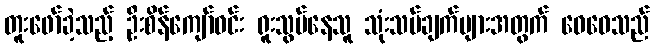
တူးဖော်ခဲ့သည့် ဦးစိန်ကျော်ဝင်း ရူးသွပ်နေသူ သုံးသပ်ချက်များအတွက် ဝေဝေသည်